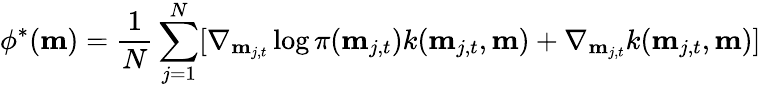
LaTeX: \phi^{\ast}(\mathbf{m})=\frac{1}{N}\sum_{j=1}^{N}[\nabla_{\mathbf{m}_{j,t}}\log\pi(\mathbf{m}_{j,t})k(\mathbf{m}_{j,t},\mathbf{m})+\nabla_{\mathbf{m}_{j,t}}k(\mathbf{m}_{j,t},\mathbf{m})]